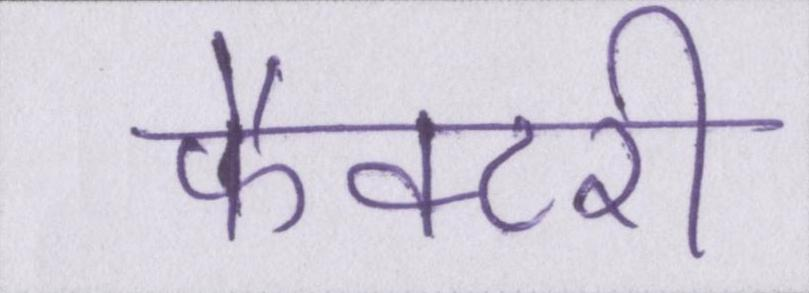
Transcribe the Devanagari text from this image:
फैक्टरी